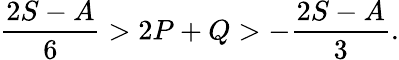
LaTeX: \frac{2S-A}{6}>2P+Q>-\frac{2S-A}{3}.